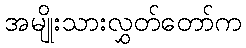
အမျိုးသားလွှတ်တော်က